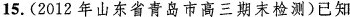
15.(2012年山东省青岛市高三期末检测)已知